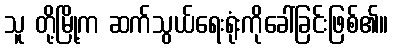
သူ တို့မြို့က ဆက်သွယ်ရေးရုံးကိုခေါ်ခြင်းဖြစ်၏။